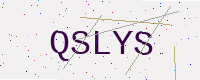
Text: QSLYS